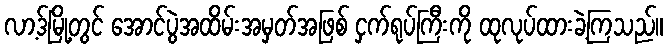
လာ့ဒ်မြို့တွင် အောင်ပွဲအထိမ်းအမှတ်အဖြစ် ငှက်ရုပ်ကြီးကို ထုလုပ်ထားခဲ့ကြသည်။